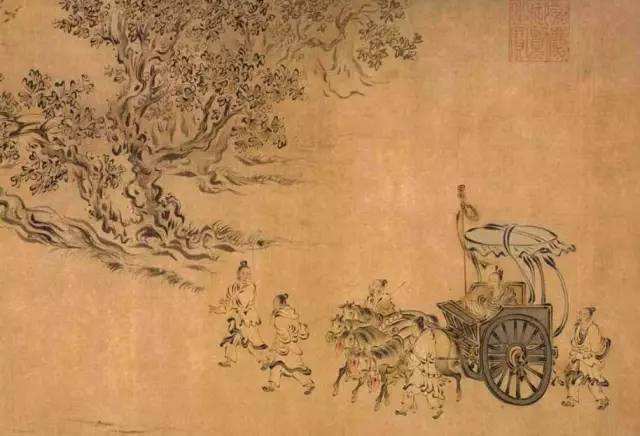
仁则荣，不仁则辱。今恶辱而居不仁，是犹恶湿而居下也。